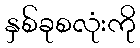
နှစ်ခုစလုံးကို